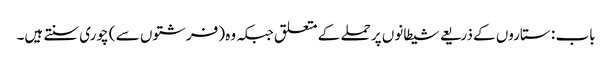
باب : ستاروں کے ذریعے شیطانوں پر حملے کے متعلق جبکہ وہ (فرشتوں سے ) چوری سنتے ہیں۔